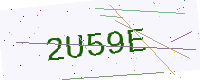
Text: 2U59E